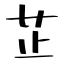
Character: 芷